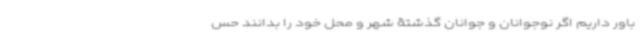
باور داریم اگر نوجوانان و جوانان گذشتۀ شهر و محل خود را بدانند حس